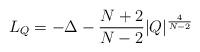
LaTeX: \begin{align*}L_Q = -\Delta - \frac{N+2}{N-2} |Q|^{\frac{4}{N-2}}\end{align*}